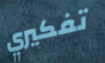
تفكيري